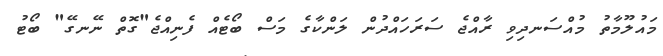
މައުލޫމާތު މުއްސަނދިވި ރާއްޖެ ސަރަހައްދުން ލަންކާގެ މަސް ބޯޓެއް ފެނިއްޖެ"ގޮތް ނޭނގޭ" ބޯޓު